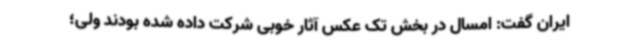
ایران گفت: امسال در بخش تک عکس آثار خوبی شرکت داده شده بودند ولی؛